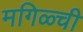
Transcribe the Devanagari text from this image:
मगिळ्ची